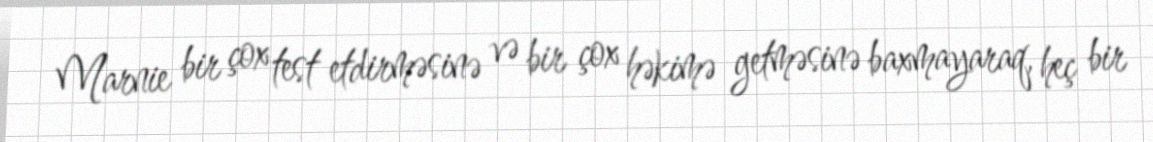
Marnie bir çox test etdirməsinə və bir çox həkimə getməsinə baxmayaraq, heç bir